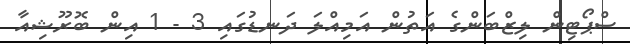
ސްޕޯޓިން ލިޒްބަންގެ އަތުން އަމިއްލަ ދަނޑުގައި 3 - 1 އިން ބޮރޫޝިއާ